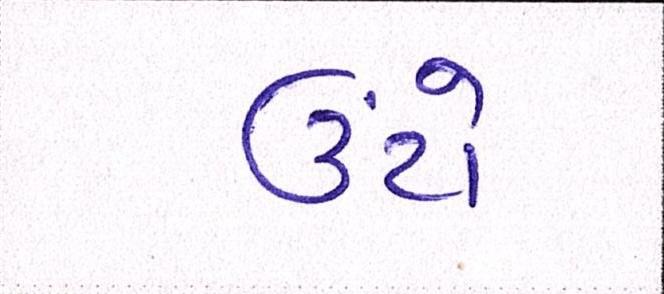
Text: ઉંટો